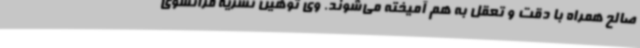
صالح همراه با دقت و تعقل به هم آمیخته می‌شوند. وی توهین نشریه فرانسوی